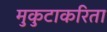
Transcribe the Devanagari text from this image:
मुकुटाकरिता